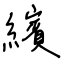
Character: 繽